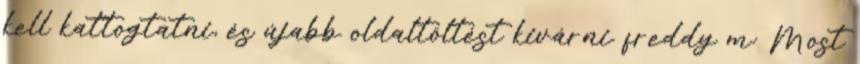
kell kattogtatni, és újabb oldaltöltést kivárni. freddy m: Most